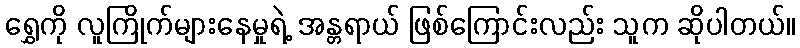
ရွှေကို လူကြိုက်များနေမှုရဲ့ အန္တရာယ် ဖြစ်ကြောင်းလည်း သူက ဆိုပါတယ်။